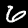
Digit: 6